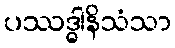
ပဿဒ္ဓါနိသံသာ